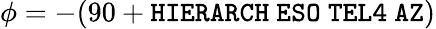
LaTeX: \phi=-(90+{\tt HIERARCH\ ESO\ TEL4\ AZ})